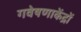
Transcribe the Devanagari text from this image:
गवेषणाकेंद्रों